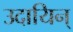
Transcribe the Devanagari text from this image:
उदायिन्